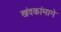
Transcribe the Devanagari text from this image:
खंदकांमागे